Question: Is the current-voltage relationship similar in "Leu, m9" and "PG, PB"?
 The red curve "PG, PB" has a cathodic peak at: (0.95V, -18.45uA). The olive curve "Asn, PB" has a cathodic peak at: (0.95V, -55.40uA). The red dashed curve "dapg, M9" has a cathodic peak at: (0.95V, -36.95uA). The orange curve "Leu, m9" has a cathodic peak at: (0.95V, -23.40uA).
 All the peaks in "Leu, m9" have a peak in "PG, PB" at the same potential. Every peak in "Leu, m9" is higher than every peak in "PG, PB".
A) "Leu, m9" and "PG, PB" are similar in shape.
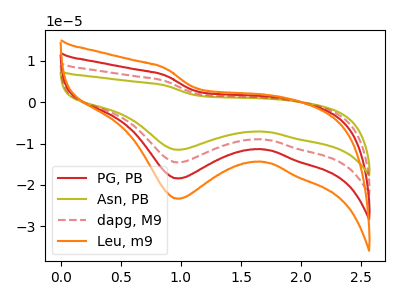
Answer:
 <answer>A) "Leu, m9" and "PG, PB" are similar in shape.</answer>
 <eval>A</eval>